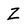
Character: Z